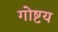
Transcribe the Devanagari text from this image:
गोष्टय